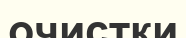
очистки